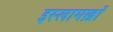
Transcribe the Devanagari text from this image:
इस्लामख़ाँ